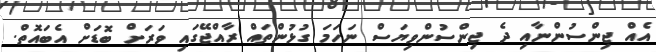
އެއް ޖިންސުންނާއި ދެ ޖިންސުންވިޔަސް ނަހަމަ ގުޅުންތައް ރާއްޖޭގައި ވަރަށް ބޮޑަށް އެބައޮތް.